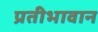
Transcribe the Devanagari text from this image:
प्रतीभावान